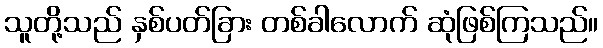
သူတို့သည် နှစ်ပတ်ခြား တစ်ခါလောက် ဆုံဖြစ်ကြသည်။